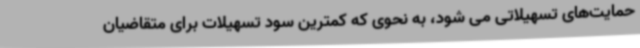
حمایت‌های تسهیلاتی می شود، به نحوی که کمترین سود تسهیلات برای متقاضیان